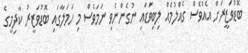
ބޮޑުވަޒީރަށް އެއްވެސް ގެއްލުމެއް ލިބިވަޑައި ނުގެންނެވި ނަމަވެސް މި ހަމަލާގައި ބޮޑުވަޒީރު ކާދިމީގެ